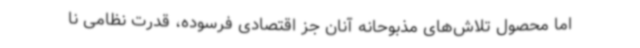
اما محصول تلاش‌های مذبوحانه آنان جز اقتصادی فرسوده، قدرت نظامی نا